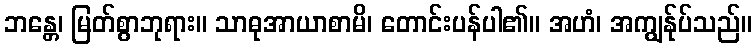
ဘန္တေ၊ မြတ်စွာဘုရား။ သာဓုအာယာစာမိ၊ တောင်းပန်ပါ၏။ အဟံ၊ အကျွန်ုပ်သည်။